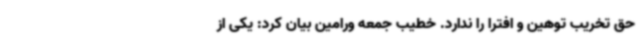
حق تخریب توهین و افترا را ندارد. خطیب جمعه ورامین بیان کرد: یکی از